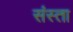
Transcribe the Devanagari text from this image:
संस्ता